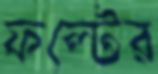
ফল্টের